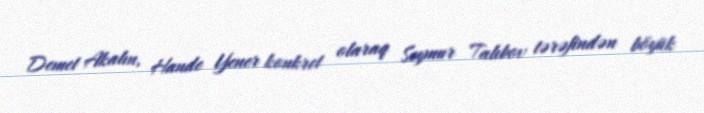
Demet Akalın, Hande Yener konkret olaraq Seymur Talıbov tərəfindən böyük